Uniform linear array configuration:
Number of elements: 12
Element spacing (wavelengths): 0.5
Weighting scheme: binomial
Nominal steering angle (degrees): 30
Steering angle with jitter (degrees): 30.352
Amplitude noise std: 0.05
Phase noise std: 0.05

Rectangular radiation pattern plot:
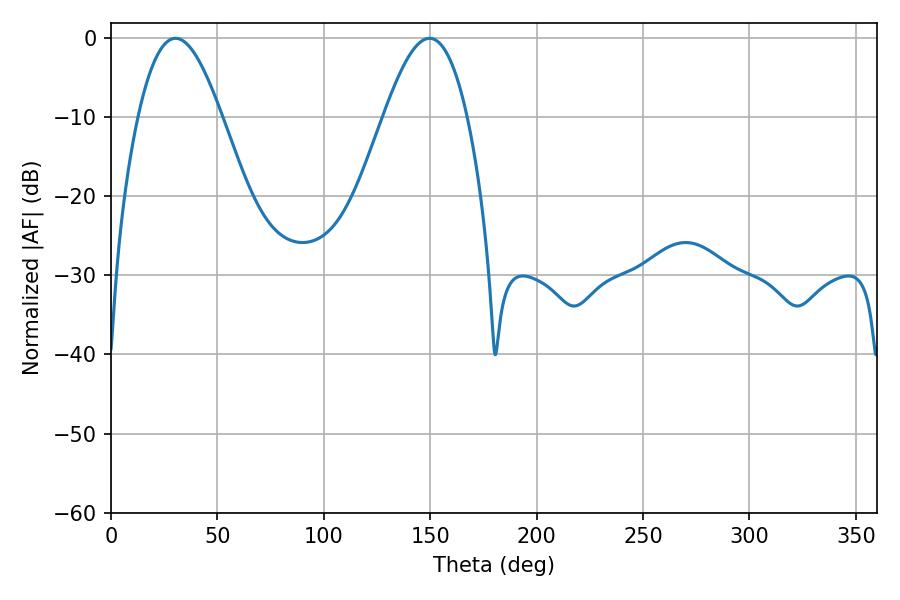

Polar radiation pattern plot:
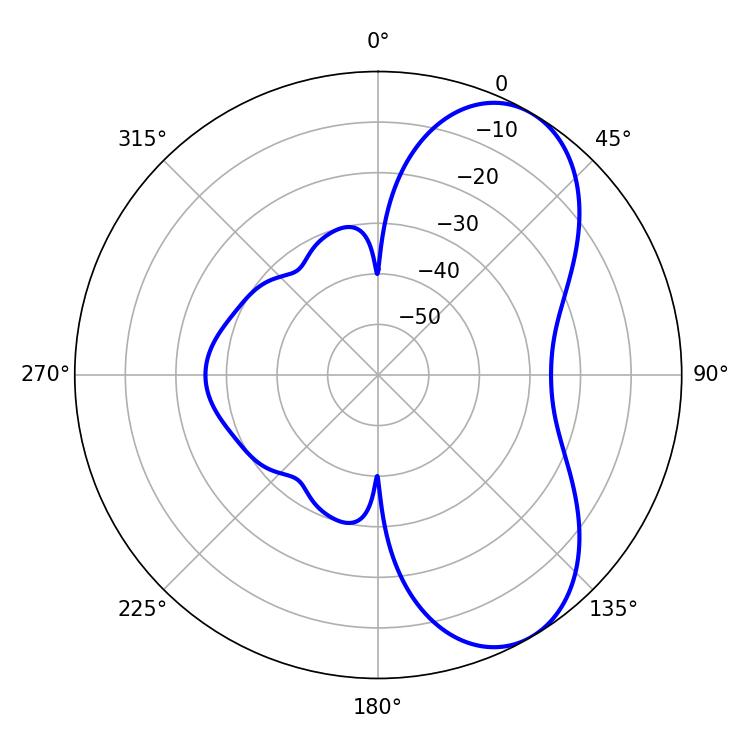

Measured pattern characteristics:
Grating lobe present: FALSE
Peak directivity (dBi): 6.777
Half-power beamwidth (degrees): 21.24
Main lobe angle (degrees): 30.24